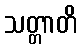
သတ္တာတိ